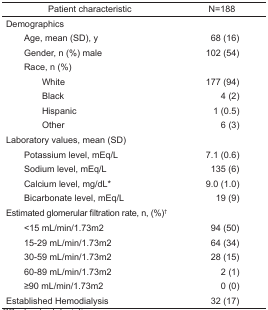
<table><thead><tr><td><b>Patient characteristic</b></td><td><b>N=188</b></td></tr></thead><tbody><tr><td colspan="2">Demographics</td></tr><tr><td> Age, mean (SD), y</td><td>68 (16)</td></tr><tr><td> Gender, n (%) male</td><td>102 (54)</td></tr><tr><td colspan="2"> Race, n (%)</td></tr><tr><td>White</td><td>177 (94)</td></tr><tr><td>Black</td><td>4 (2)</td></tr><tr><td>Hispanic</td><td>1 (0.5)</td></tr><tr><td>Other</td><td>6 (3)</td></tr><tr><td colspan="2">Laboratory values, mean (SD)</td></tr><tr><td> Potassium level, mEq/L</td><td>7.1 (0.6)</td></tr><tr><td> Sodium level, mEq/L</td><td>135 (6)</td></tr><tr><td> Calcium level, mg/dL*</td><td>9.0 (1.0)</td></tr><tr><td> Bicarbonate level, mEq/L</td><td>19 (9)</td></tr><tr><td colspan="2">Estimated glomerular filtration rate, n, (%)†</td></tr><tr><td> &lt;15 mL/min/1.73m2</td><td>94 (50)</td></tr><tr><td> 15–29 mL/min/1.73m2</td><td>64 (34)</td></tr><tr><td> 30–59 mL/min/1.73m2</td><td>28 (15)</td></tr><tr><td> 60–89 mL/min/1.73m2</td><td>2 (1)</td></tr><tr><td> ≥90 mL/min/1.73m2</td><td>0 (0)</td></tr><tr><td>Established Hemodialysis</td><td>32 (17)</td></tr></tbody></table>